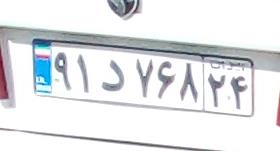
۹۱د۷۶۸۲۴